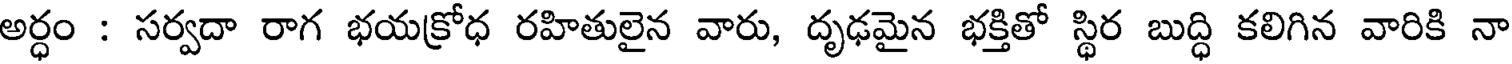
అర్ధం : సర్వదా రాగ భయక్రోధ రహితులైన వారు, దృఢమైన భక్తితో స్థిర బుద్ధి కలిగిన వారికి నా